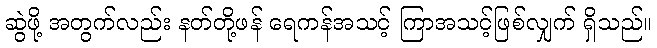
ဆွဲဖို့ အတွက်လည်း နတ်တို့ဖန် ရေကန်အသင့် ကြာအသင့်ဖြစ်လျှက် ရှိသည်။